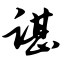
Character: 谌